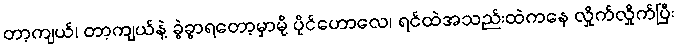
တာ့ကျယ်၊ တာ့ကျယ်နဲ့ ခွဲခွာရတော့မှာမို့ ပိုင်ဟောလေ၊ ရင်ထဲအသည်းထဲကနေ လှိုက်လှိုက်ပြီး